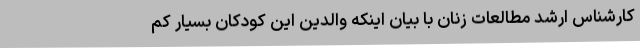
کارشناس ارشد مطالعات زنان با بیان اینکه والدین این کودکان بسیار کم